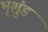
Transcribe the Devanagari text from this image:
भृशुंड